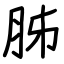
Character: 胏